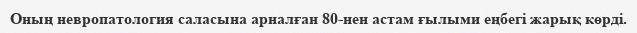
Оның невропатология саласына арналған 80-нен астам ғылыми еңбегі жарық көрді.